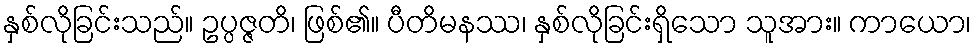
နှစ်လိုခြင်းသည်။ ဥပ္ပဇ္ဇတိ၊ ဖြစ်၏။ ပီတိမနဿ၊ နှစ်လိုခြင်းရှိသော သူအား။ ကာယော၊